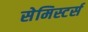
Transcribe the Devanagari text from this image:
सेमिस्टर्स